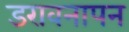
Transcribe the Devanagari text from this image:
डरावनापन